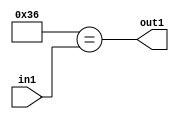
`timescale 1ps / 1ps
/*****************************************************************************
    Verilog RTL Description
    
    
    Created by: Stratus DpOpt 21.05.01 
*******************************************************************************/

module dut_Equal_1U_71_4 (
	in1,
	out1
	); /* architecture "behavioural" */ 
input [5:0] in1;
output  out1;
wire  asc001;

assign asc001 = (11'B00000110110==in1);

assign out1 = asc001;
endmodule

/* CADENCE  urb2Sgs= : u9/ySxbfrwZIxEzHVQQV8Q== ** DO NOT EDIT THIS LINE ******/